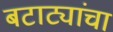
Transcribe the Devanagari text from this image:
बटाट्यांचा